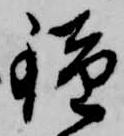
鐘